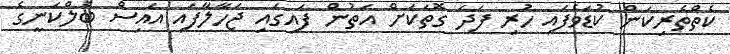
ކެތްތެރިކަން ކުޑަވެފައި ހުރި ފަދަ ގޮތަކަށް އަތުން ފައިގައި ޖަހާލާފައި އައިސް ބެލްކަނީގެ